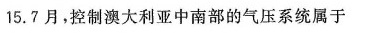
15.7月，控制澳大利亚中南部的气压系统属于